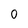
Character: O